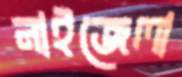
নাইজেলা